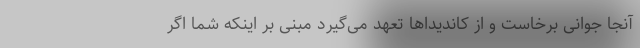
آنجا جوانی برخاست و از کاندیداها تعهد می‌گیرد مبنی بر اینکه شما اگر